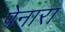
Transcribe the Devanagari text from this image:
पेनारा